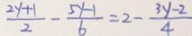
\frac { 2 y + 1 } { 2 } - \frac { 5 y - 1 } { 6 } = 2 - \frac { 3 y - 2 } { 4 }